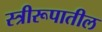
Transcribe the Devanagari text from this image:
स्त्रीरूपातील